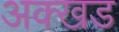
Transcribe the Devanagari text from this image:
अक्खड